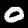
Digit: 0